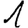
Digit: 1